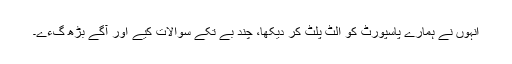
انہوں نے ہمارے پاسپورٹ کو الٹ پلٹ کر دیکھا، چند بے تکے سوالات کیے اور آگے بڑھ گءے۔